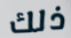
ذلك